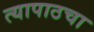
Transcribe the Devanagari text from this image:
त्यापाठचा